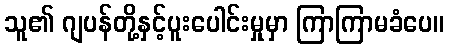
သူ၏ ဂျပန်တို့နှင့်ပူးပေါင်းမှုမှာ ကြာကြာမခံပေ။